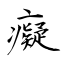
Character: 癡